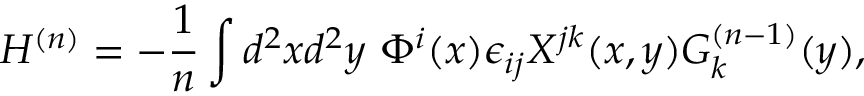
H ^ { ( n ) } = - \frac { 1 } { n } \int d ^ { 2 } x d ^ { 2 } y ~ \Phi ^ { i } ( x ) \epsilon _ { i j } X ^ { j k } ( x , y ) G _ { k } ^ { ( n - 1 ) } ( y ) ,